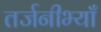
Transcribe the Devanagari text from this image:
तर्जनीभ्याँ